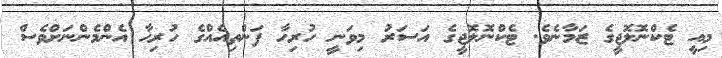
މިއީ ޓެކްނޮލޮޖީގެ ޒަމާނެވެ. ޓެކްނޮލޮޖީގެ އަސަރު މިވަނީ ހުރިހާ ފަންތިއެއްގެ ހުރިހާ އެންމެންނަށްވެސް